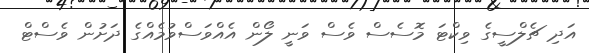
އަދި ޗެލްސީގެ ވިކްޓަ މޮސެސް ވެސް ވަނީ ލޯން އެއްވަސްވުމެއްގެ ދަށުން ވެސްޓް